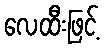
လေထီးဖြင့်